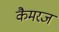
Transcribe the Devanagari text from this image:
कैमरज